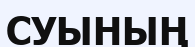
СУЫНЫҢ